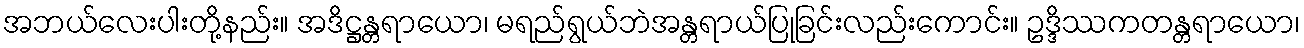
အဘယ်လေးပါးတို့နည်း။ အဒိဋ္ဌန္တရာယော၊ မရည်ရွယ်ဘဲအန္တရာယ်ပြုခြင်းလည်းကောင်း။ ဥဒ္ဒိဿကတန္တရာယော၊